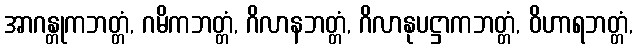
အာဂန္တုကဘတ္တံ, ဂမိကဘတ္တံ, ဂိလာနဘတ္တံ, ဂိလာနုပဋ္ဌာကဘတ္တံ, ဝိဟာရဘတ္တံ,